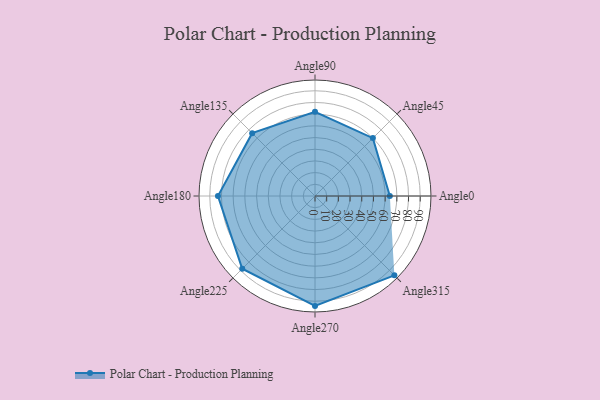
{"axis": {"x": "Angle", "y": "Radius"}, "legend": [""], "data": [{"x": "Angle0", "y": 64.0, "type": ""}, {"x": "Angle45", "y": 70.0, "type": ""}, {"x": "Angle90", "y": 72.0, "type": ""}, {"x": "Angle135", "y": 76.0, "type": ""}, {"x": "Angle180", "y": 83.0, "type": ""}, {"x": "Angle225", "y": 88.0, "type": ""}, {"x": "Angle270", "y": 94.0, "type": ""}, {"x": "Angle315", "y": 96.0, "type": ""}]}